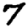
Digit: 7